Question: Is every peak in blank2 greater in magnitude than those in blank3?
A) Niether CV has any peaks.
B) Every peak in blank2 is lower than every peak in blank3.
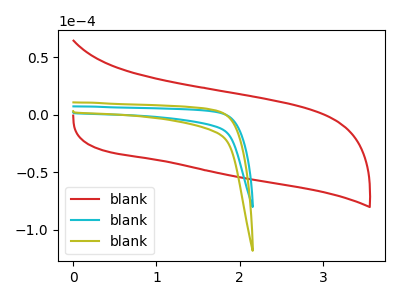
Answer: <think>The red curve "blank1" has no peaks. The cyan curve "blank2" has no peaks. The olive curve "blank3" has no peaks.</think>
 <answer>A) Niether CV has any peaks.</answer>
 <eval>A</eval>